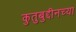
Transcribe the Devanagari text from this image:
कुतुबुद्दीनच्या